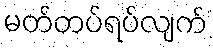
မတ်တပ်ရပ်လျက်